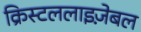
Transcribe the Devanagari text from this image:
क्रिस्टललाइज़ेबल